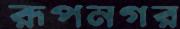
রূপনগর